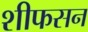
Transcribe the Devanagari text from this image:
शीफसन